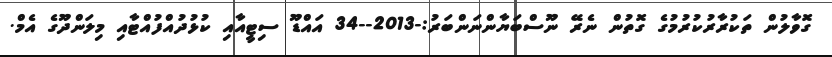
ގޮވާލުން ތަކުރާރުކުރުމުގެ ގޮތުން ނެރޭ ނޫސްބަޔާންނަންބަރު:-2013--34 އައްޑޫ ސިޓީއާއި ކުޅުދުއްފުއްޓާއި މިލަންދޫގެ އެމް.